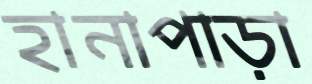
হানাপাড়া